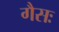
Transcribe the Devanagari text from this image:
गैसः